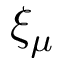
\xi _ { \mu }